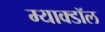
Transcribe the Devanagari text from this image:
म्याक्डॉल